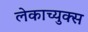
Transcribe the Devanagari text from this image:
लेकाच्युक्स